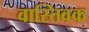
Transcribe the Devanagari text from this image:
वास्‍तिवक